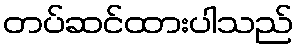
တပ်ဆင်ထားပါသည်